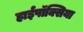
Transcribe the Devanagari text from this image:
हाईपॉक्सिया